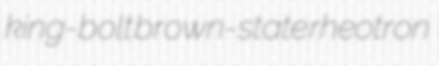
king-bolt brown-state rheotron